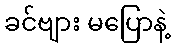
ခင်ဗျား မပြောနဲ့